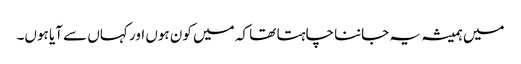
میں ہمیشہ یہ جاننا چاہتا تھا کہ میں کون ہوں اور کہاں سے آیا ہوں۔